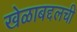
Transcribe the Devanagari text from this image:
खेळाबद्दलची